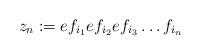
LaTeX: \begin{align*}z_n:=e f_{i_1}ef_{i_2}ef_{i_3}\ldots f_{i_n}\end{align*}